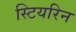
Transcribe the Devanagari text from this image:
स्टियरिन